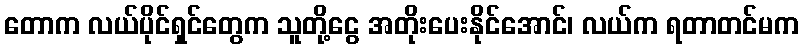
တောက လယ်ပိုင်ရှင်တွေက သူတို့ငွေ အတိုးပေးနိုင်အောင်၊ လယ်က ရတာတင်မက